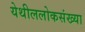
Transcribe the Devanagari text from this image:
येथीललोकसंख्या